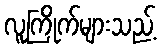
လူကြိုက်များသည့်